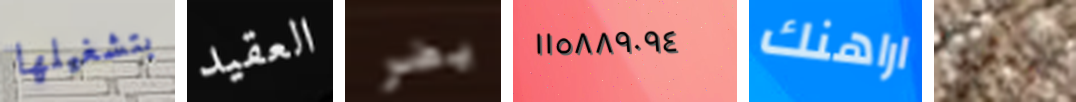
بتشغيلها العقيد يضر ١١٥٨٨٩٠٩٤ اراهنك يعثروا